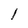
Character: l